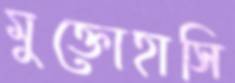
মুক্তোহাসি